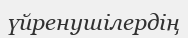
үйренушілердің